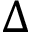
\Delta